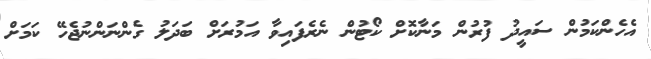
އެހެންކަމުން ސައީދު ފުރުން މަނާކޮށް ކޯޓުން ނެރެފައިވާ އަމުރަށް ބަދަލު ގެންނަންނުޖެހޭ ކަމަށް